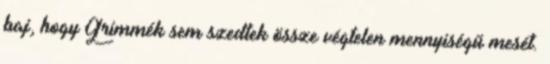
baj, hogy Grimmék sem szedtek össze végtelen mennyiségű mesét.